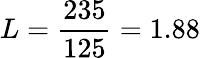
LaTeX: L=\frac{235}{125}=1.88